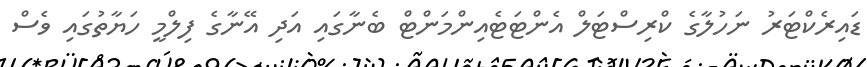
ޑައިރެކްޓަރު ނަހުލާގެ ކްރިސްޓަލް އެންޓަޓެއިންމަންޓް ބެނާގައި އަދި އޭނާގެ ފިލްމީ ހަޔާތުގައި ވެސް